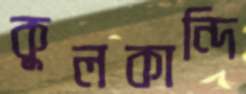
কুলকান্দি